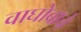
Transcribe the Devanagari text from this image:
वाघोबाचे